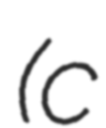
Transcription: (c